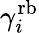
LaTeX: \gamma_{i}^{\mathrm{rb}}